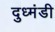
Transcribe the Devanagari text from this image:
दुध्मंडी